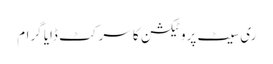
ری سیٹ پروٹیکشن کا سرکٹ ڈایا گرام